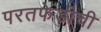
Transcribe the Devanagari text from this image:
परतफेडीची